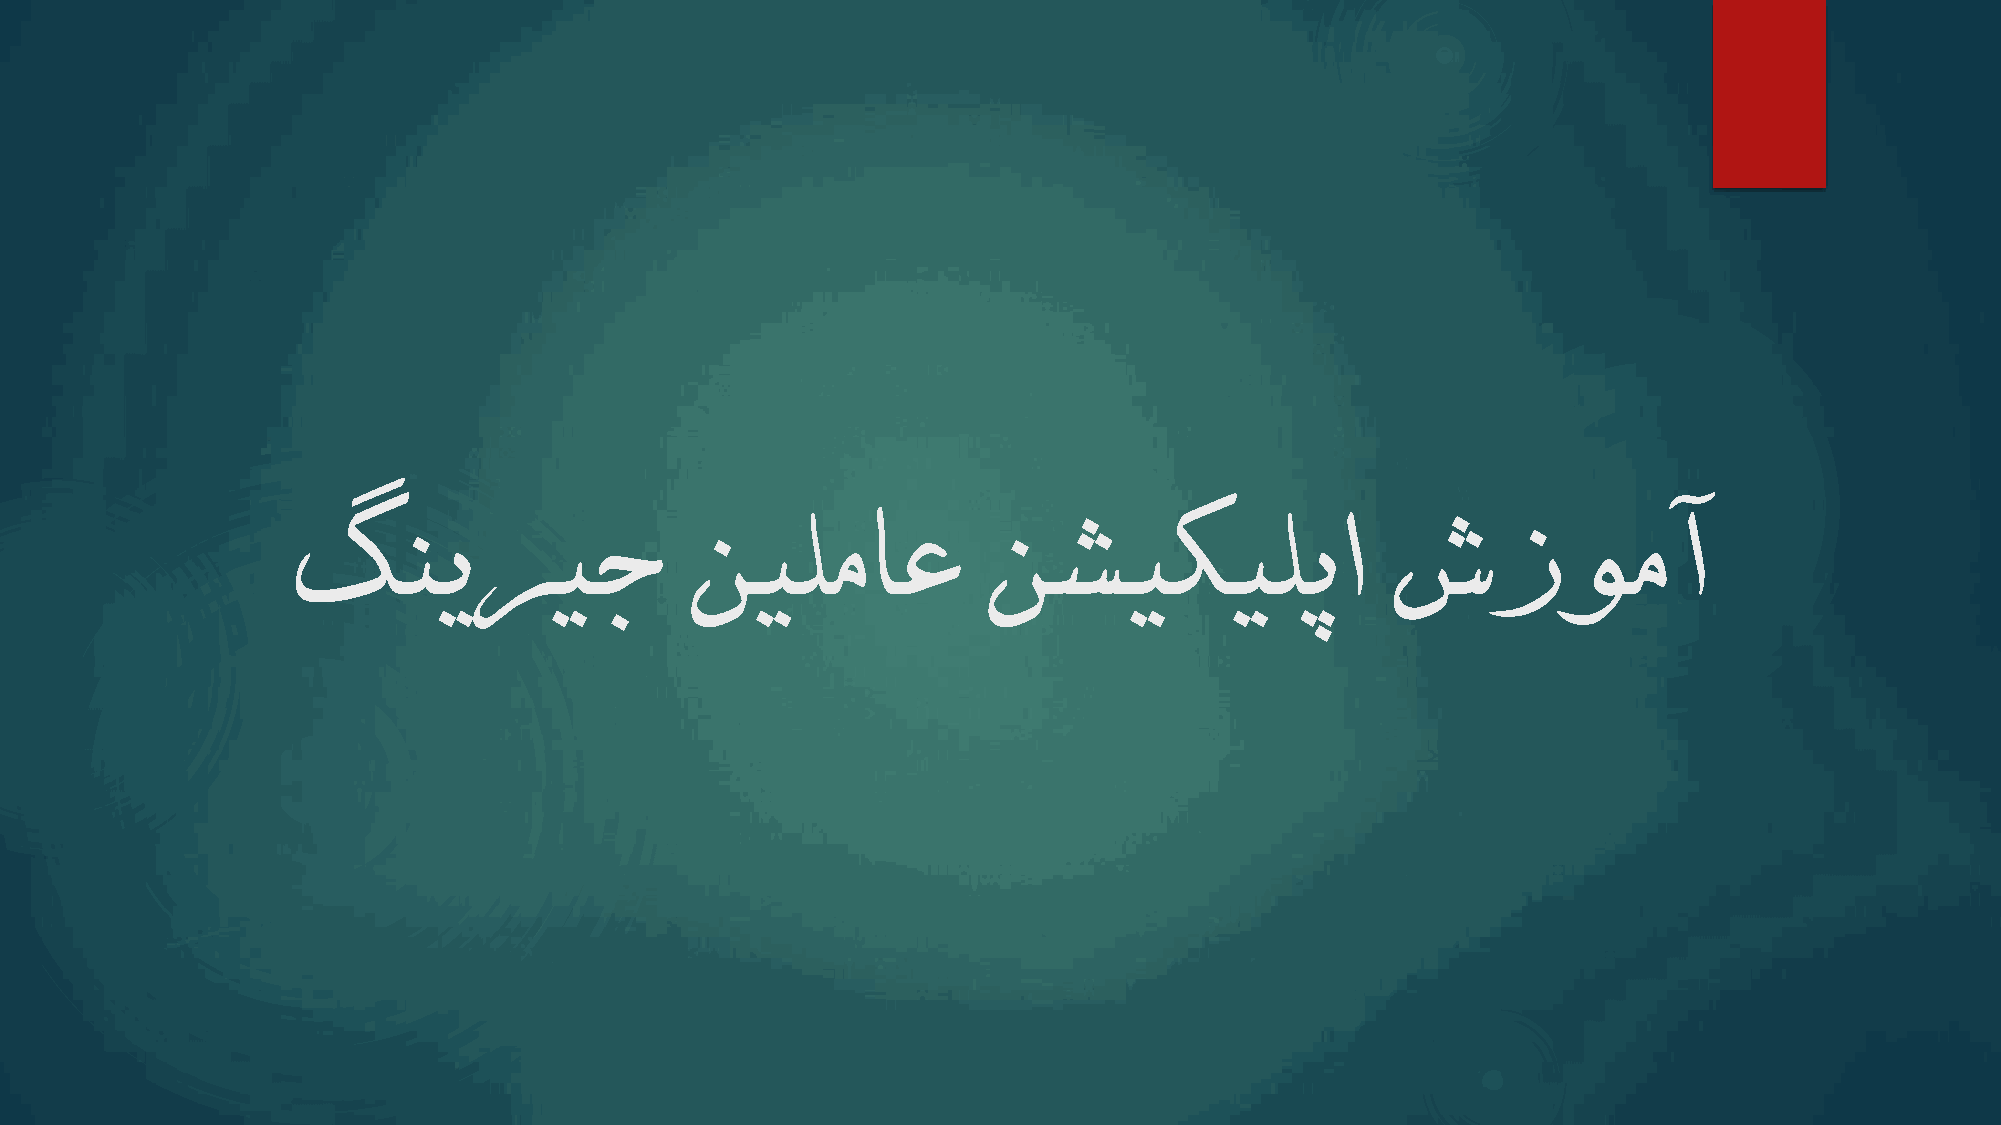
گنیریج                     نیلماع             نشیکیلپا                   شزومآ